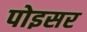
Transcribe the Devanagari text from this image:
पोइसर